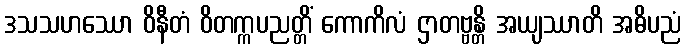
ဒသသဟဿော ဝိနီတံ ဝိတက္ကပညတ္တိံ ကောကိလံ ဌာတဗ္ဗန္တိ အယျဿာတိ အဓိပညံ